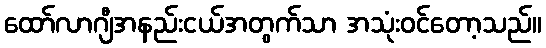
ထော်လာဂျီအနည်းငယ်အတွက်သာ အသုံးဝင်တော့သည်။